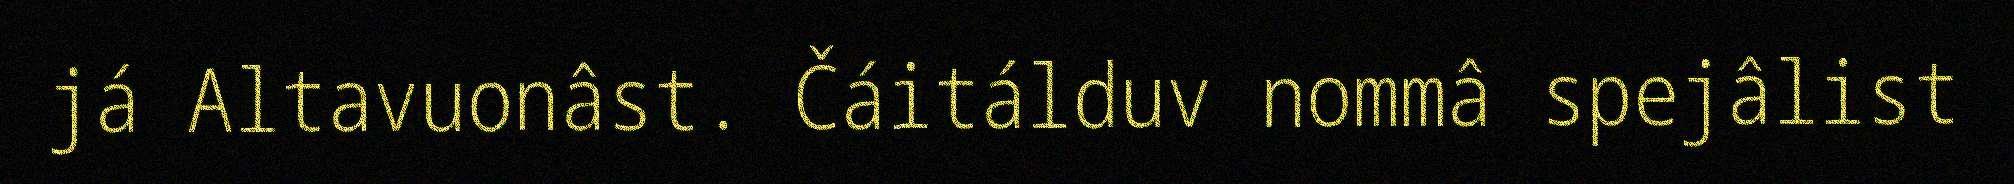
já Altavuonâst. Čáitálduv nommâ spejâlist